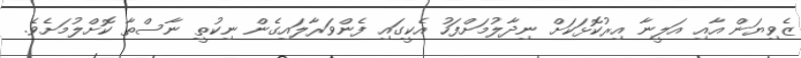
ޒެވިޔަން އާއި އަލީނާ އިރުކޮޅަކަށް ނިދާލުމަށްފަހު އެކީގައި ފެންވަރާލައިގެން ނިކުތީ ނާސްތާ ކޮށްލުމަށެވެ.